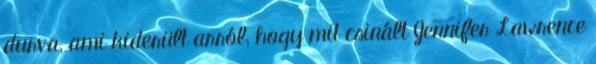
durva, ami kiderült arról, hogy mit csinált Jennifer Lawrence